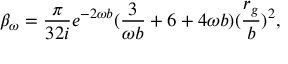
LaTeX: \beta _ { \omega } = \frac { \pi } { 3 2 i } e ^ { - 2 \omega b } ( \frac { 3 } { \omega b } + 6 + 4 \omega b ) ( \frac { r _ { g } } { b } ) ^ { 2 } ,